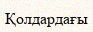
Қолдардағы